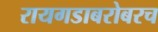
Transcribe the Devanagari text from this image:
रायगडाबरोबरच